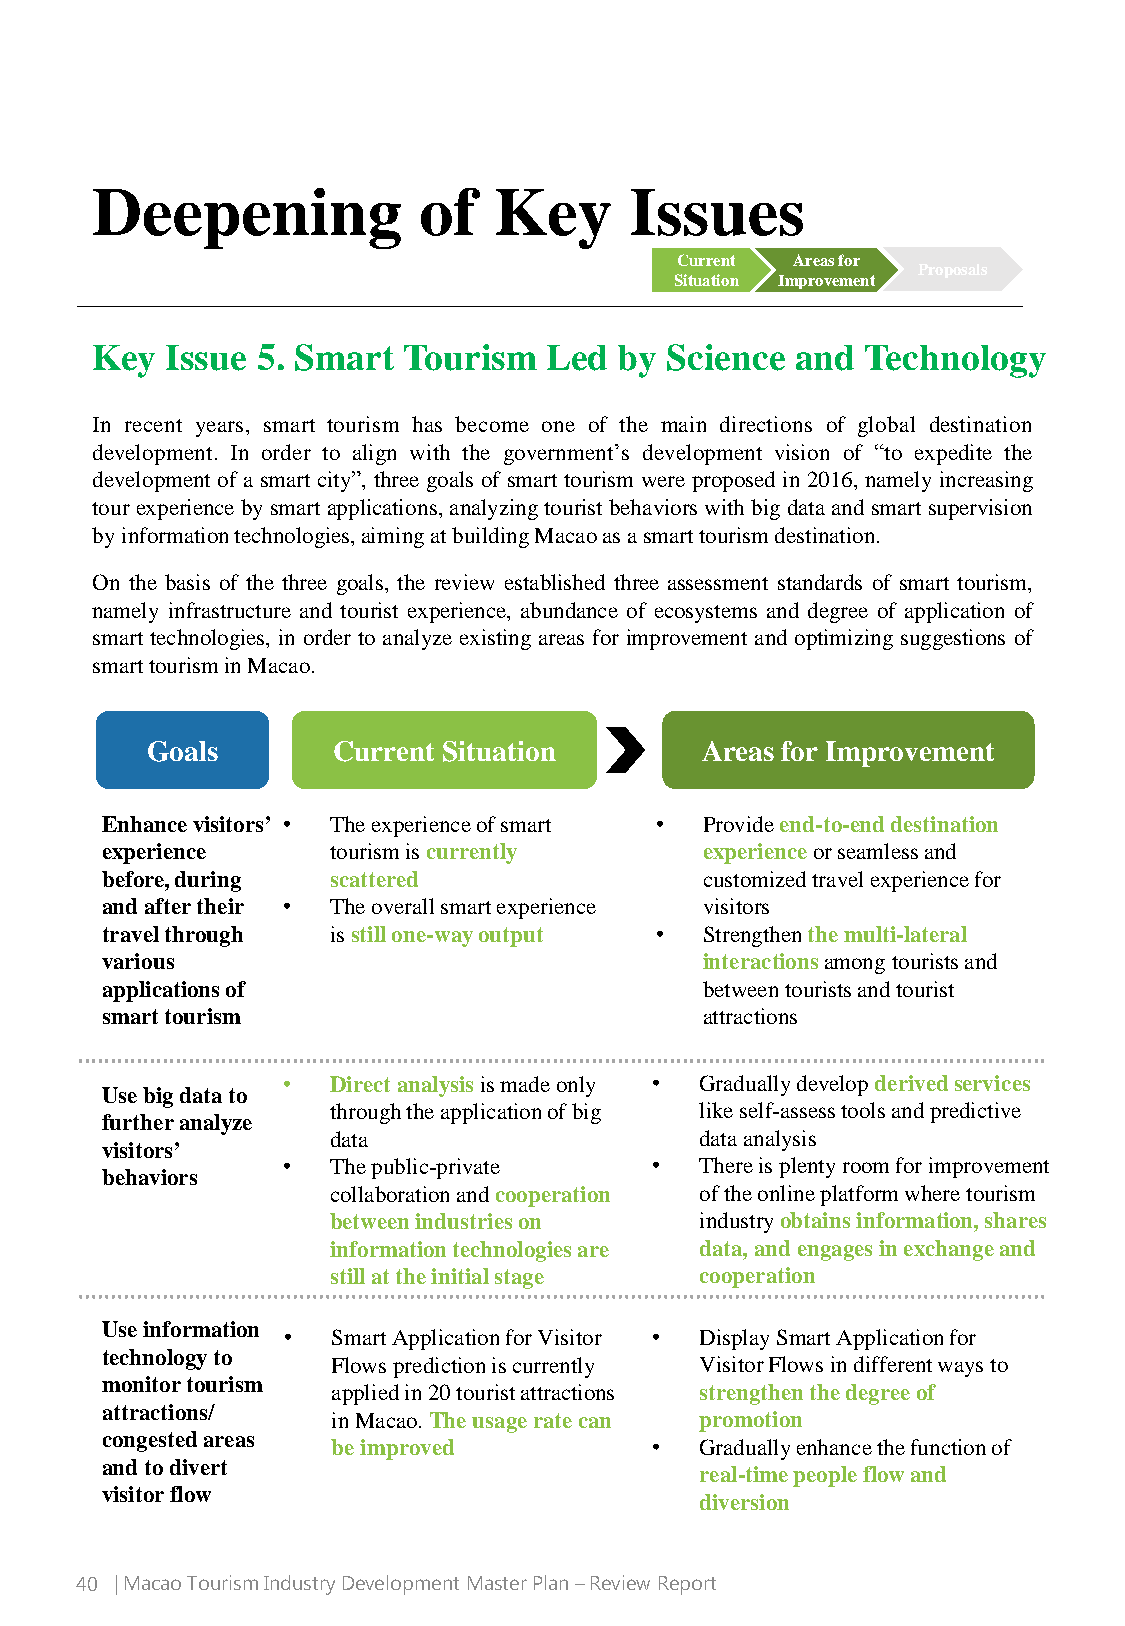
Deepening             of   Key      Issues
 Current Areas for
 Proposals
 Situation Improvement
 Key  Issue 5. Smart  Tourism  Led  by Science  and Technology
 In recent years, smart tourism has become one of the main directions of global destination
 development. In order to align with the government’s development vision of “to expedite the
 development of a smart city”, three goals of smart tourism were proposed in 2016, namely increasing
 tour experience bysmart applications,analyzingtourist behaviors with bigdata andsmart supervision
 byinformationtechnologies,aimingatbuildingMacaoasasmarttourismdestination.
 On the basis of the three goals, the review established three assessment standards of smart tourism,
 namely infrastructure and tourist experience, abundance of ecosystems and degree of application of
 smart technologies, in order to analyze existing areas for improvement and optimizing suggestions of
 smarttourisminMacao.
 Goals       Current Situation       Areas for Improvement
 Enhance visitors’ • The experience of smart • Provide end-to-end destination
 experience     tourism is currently     experience or seamless and
 before, during scattered                customized travel experience for
 and after their • The overall smart experience visitors
 travel through is still one-way output • Strengthen the multi-lateral
 various                                 interactionsamong tourists and
 applications of                         betweentourists and tourist
 smart tourism                           attractions
 •  Directanalysis is made only • Gradually develop derivedservices
 Use big data to
 through the application of big like self-assess tools and predictive
 further analyze
 data                    data analysis
 visitors’
 •  The public-private   •  There is plenty room for improvement
 behaviors
 collaboration and cooperation ofthe online platform where tourism
 between industries on   industry obtains information, shares
 information technologies are data, and engages in exchange and
 still at the initial stage cooperation
 Use information
 •  Smart Application for Visitor • Display Smart Application for
 technology to
 Flows prediction is currently Visitor Flows in different ways to
 monitor tourism
 applied in 20 tourist attractions strengthen the degree of
 attractions/
 in Macao. The usage ratecan promotion
 congestedareas
 be improved          •  Gradually enhance the function of
 and to divert
 real-time people flow and
 visitor flow
 diversion
 40 | Macao Tourism Industry Development Master Plan –Review Report